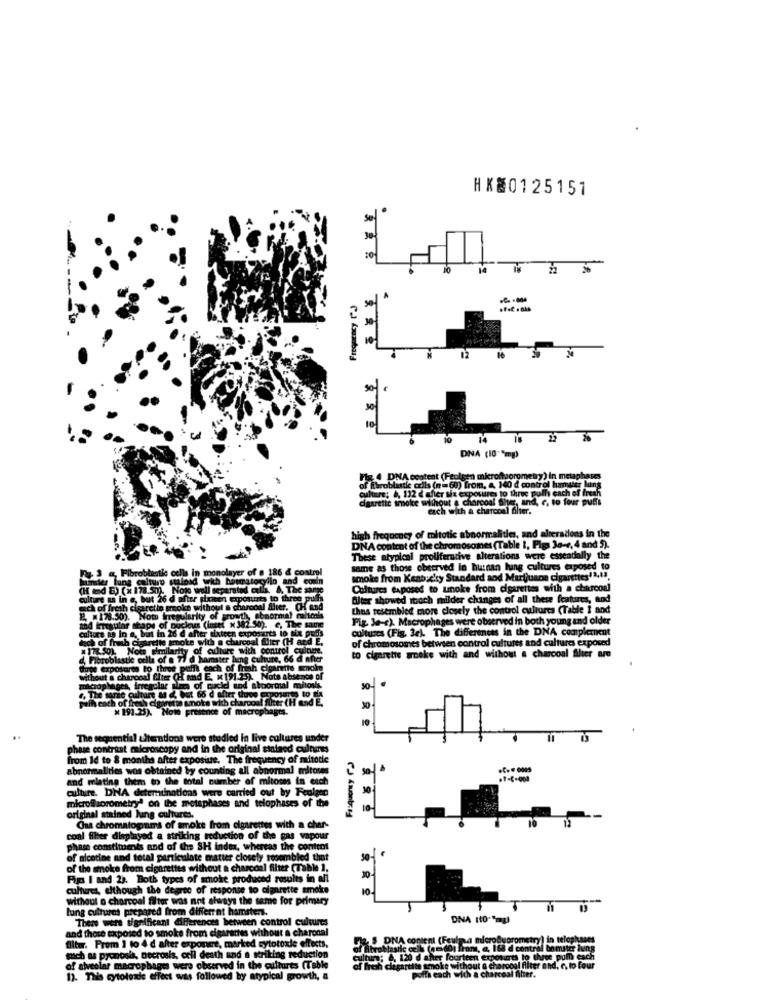
HK80125151
se
10
14
22
Frequency ("2)
sel
M
10
10
14
DNA (10""mg)
Fig. 4 DNA content (Feulgen microftporometry) In metaphases
fibroblastic coils (n= 60) from, a 140 d control hamster luns
cigarette smoke without a charcoal fiter, and. c. to four pler
cpouires to three polly each of fresh
each with a charcoal filter.
high frequency of mitotic abnormalities, and alterations in the
DNA content of the chromosomes (Table I, Pigs Ja-4, 4 and 5).
These atypical proliferative alterations were essendally the
hantie cells in
same as those observed in hunan lung cultures exposed to
under lang calturo suinad with hotmatocylin and
smoke from Keabacity Standard aod Marijuana cigarettes1 3,13,
(H d E) (x 178.50). Nogo well separated culla. .. Ta
Cultures exposed to smoke from cigarettes with a charcoal
culture us in e, but 26 d after sixmen expounts to thre
Alter showed itoch milder changes of all these features, and
ech of fresh cigarette smoke without a charcoal flier.
this resembled more closely the control cultures (Table I and
2. 178.50). Not Irregularity of growth, abnormal
and irregular shape of Ducleus (intet x 382.50). c, Th
Fig. Je-c). Macrophages were observed in both young and older
culture as in a, bit in 26 d after sixteen exposerts to
cultures (Fig. 3e). The differences in the DNA complexnent
dich of fresh cigarette smoke with @ charcoal fier (H
of chromosomes between control cultures and cultures exposed
x 178.50). Now similarity of culture with control
to cigarette anoke with and without a charcoal filter are
d. Fibroblastic cela of a 77 d hamster bing culture, 66
Chupe exposures to three puffs each of fresh cigarette
without a charcoal filter (H and E, x191.25). Note abs
.
macrophages, irregular slams of puckel and aloormal
30-
., The tarse culture & d, but 66 d sher three
fh each of fresh cigarette smoke with charcoal Alter CH
× 191.25). Note presence of macrophages.
10
The sequential ulterations were studied in live cultures under
phase contrast microscopy and in the original stataed cultures
from Id to & months after exposiure. The frequency of mitotle
abnormalities wos obtained by counting all abnormal mitoses
4
and mlating them to the total number of mitoses in each
T-C-009
cultire. DNA deteminations were carried out by Feulgen
microflaprometry' on the metaphases and telophases of the
original stained Jung cultures.
Gas chromatograms of smoke from cigarettes with a cher-
coal filter displayed a striking reduction of the gas vapour
phase constituents and of the SH index, whereas the content
of nicotine and total particulate matter closely resembled that
of the smoke from cigarettes without a charcoal filter (Table ],
Fip I and 23. Both types of smoke produced results in all
cultures, although the degree of response to cigarette smoke
10
without o charcoal filter was not always the same for primary
lung cultures prepared from different hamsters.
There were significant differences between control cultures
DNA 110."mg)
and those exposed to smoke from cigarantes without a charcoal
filter. Prom 1 to 4 d after exponme, marked cytotoxie effects,
S DNA content (Feulm a microQuoromstry) in te
mich as pronosis, necrosis, cell death and a striking reduction
cultura: 0, 120 d cher fourteen exposure to three pal cach
of alveolar macrophages were observed in the cultures (Table
hgartits smoke without
arccal filter and, c. to four
13. This cytotoxic effect was followed by atypical
cita each with a charcoal fiber.